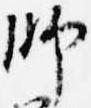
師